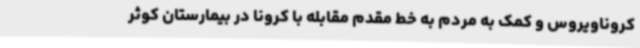
کروناویروس و کمک به مردم به خط مقدم مقابله با کرونا در بیمارستان کوثر